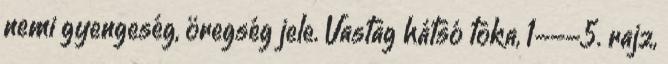
nemi gyengeség, öregség jele. Vastag hátsó toka, 1---5. rajz,